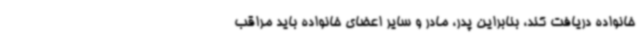
خانواده دریافت کند، بنابراین پدر، مادر و سایر اعضای خانواده باید مراقب